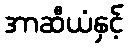
အာဆီယံနှင့်